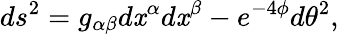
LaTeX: ds^{2}=g_{\alpha\beta}d\mathit{x}^{\alpha}d\mathit{x}^{\beta}-e^{-4\phi}d\theta^{2},